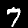
Digit: 7